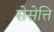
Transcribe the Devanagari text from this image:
सेसेत्ति